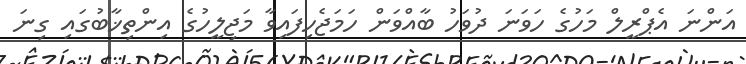
އަންނަ އެޕްރީލް މަހުގެ ހަވަނަ ދުވަހު ބާއްވަން ހަމަޖެހިފައިވާ މަޖިލީހުގެ އިންތިޚާބުގައި ގިނަ